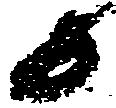
而